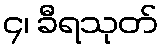
၄၊ ခီရသုတ်